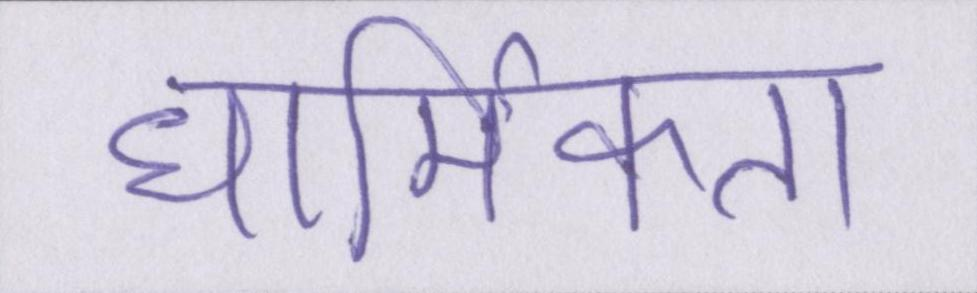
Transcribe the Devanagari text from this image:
धार्मिकता